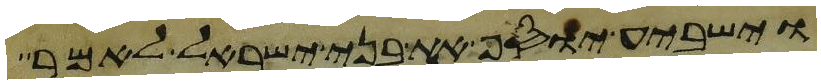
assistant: וישביע יוסף את בני ישראל לאמר